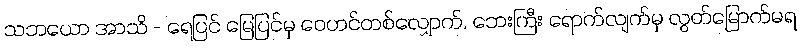
သဘယော အာသိ - ရေပြင် မြေပြင်မှ ဝေဟင်တစ်လျှောက်, ဘေးကြီး ရောက်လျက်မှ လွတ်မြောက်မရ